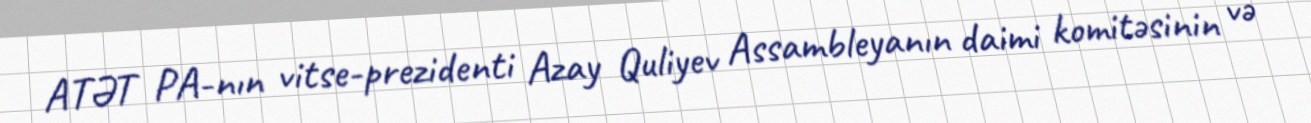
ATƏT PA-nın vitse-prezidenti Azay Quliyev Assambleyanın daimi komitəsinin və